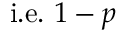
{ \mathrm { i . e . ~ } } 1 - p